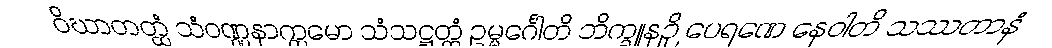
ဝိဃာတတ္ထံ သံဝဏ္ဏနာက္ကမော သံသဋ္ဌတ္တံ ဥမ္မင်္ဂေါတိ ဘိက္ခူနဉှိ ပေရဏေ နေဝါတိ သဿတာနံ